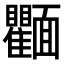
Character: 𩉘